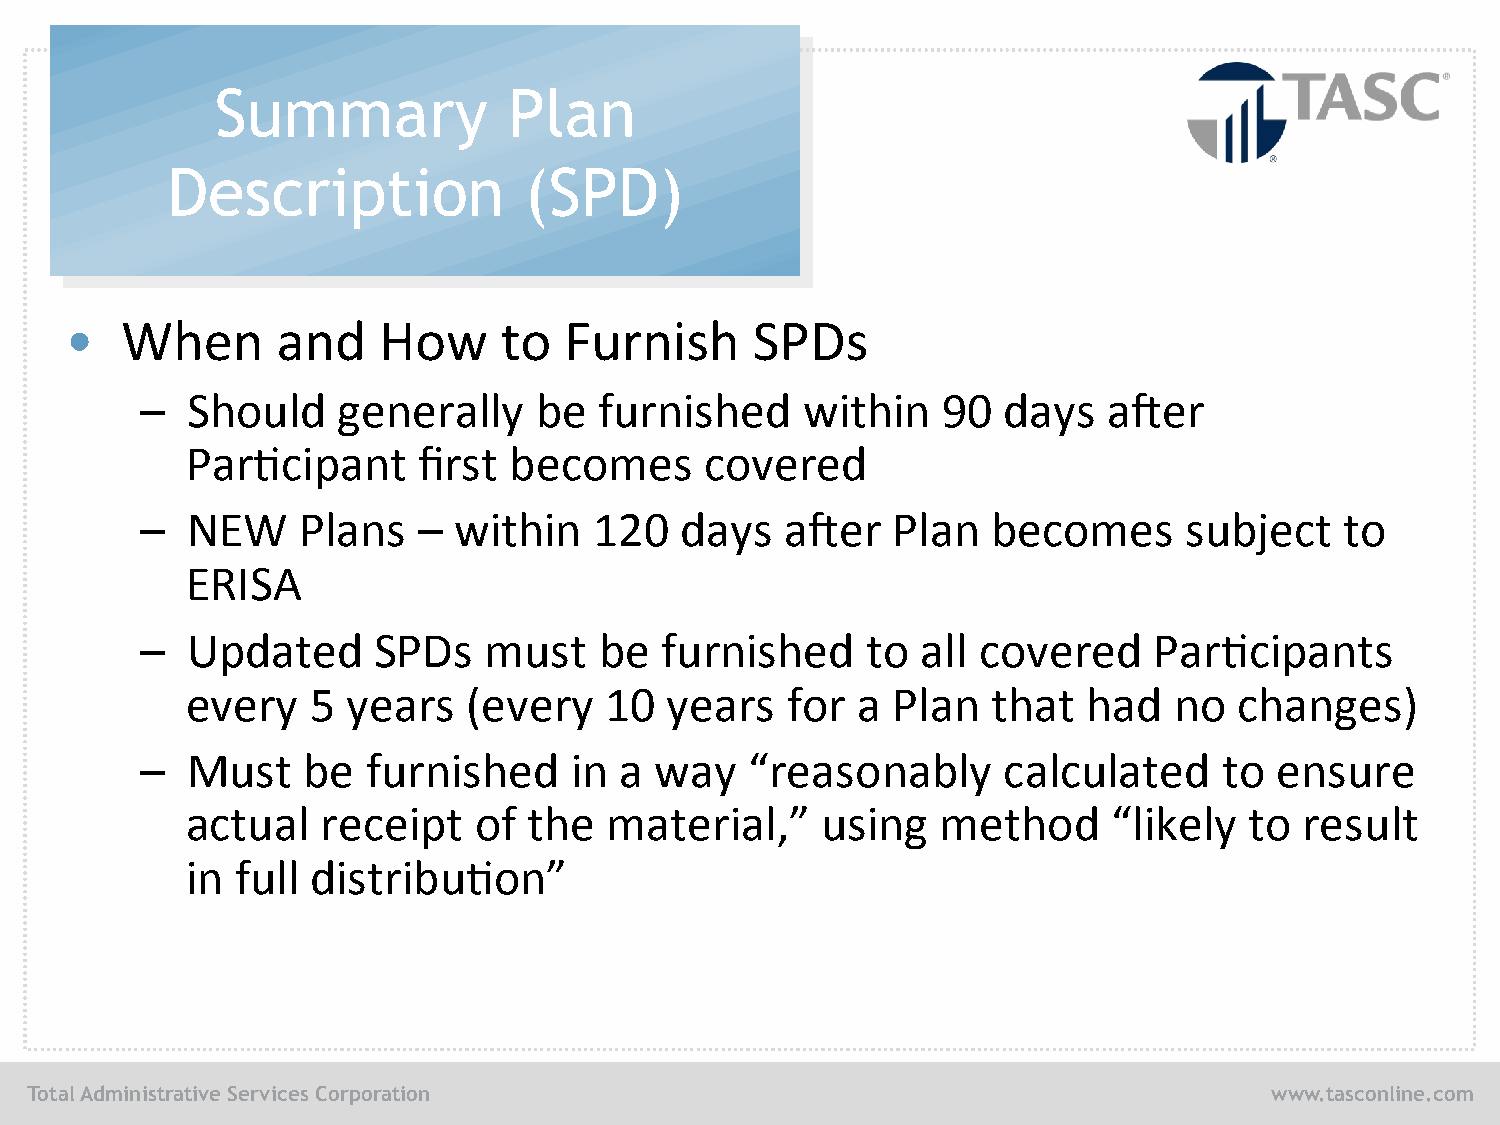
Summary             Plan
 Description             (SPD)
 •   When      and    How     to  Furnish      SPDs
 –  Should    generally    be   furnished    within   90  days   amer
 Par/cipant      first becomes      covered
 –  NEW     Plans   – within   120   days   amer   Plan   becomes     subject    to
 ERISA
 –  Updated      SPDs   must    be  furnished    to  all covered    Par/cipants
 every   5  years   (every   10  years   for  a Plan   that  had   no  changes)
 –  Must    be  furnished     in a way    “reasonably     calculated     to  ensure
 actual   receipt   of  the  material,”    using   method      “likely  to result
 in  full distribu/on”
 Total Administrative Services Corporation                                         www.tasconline.com